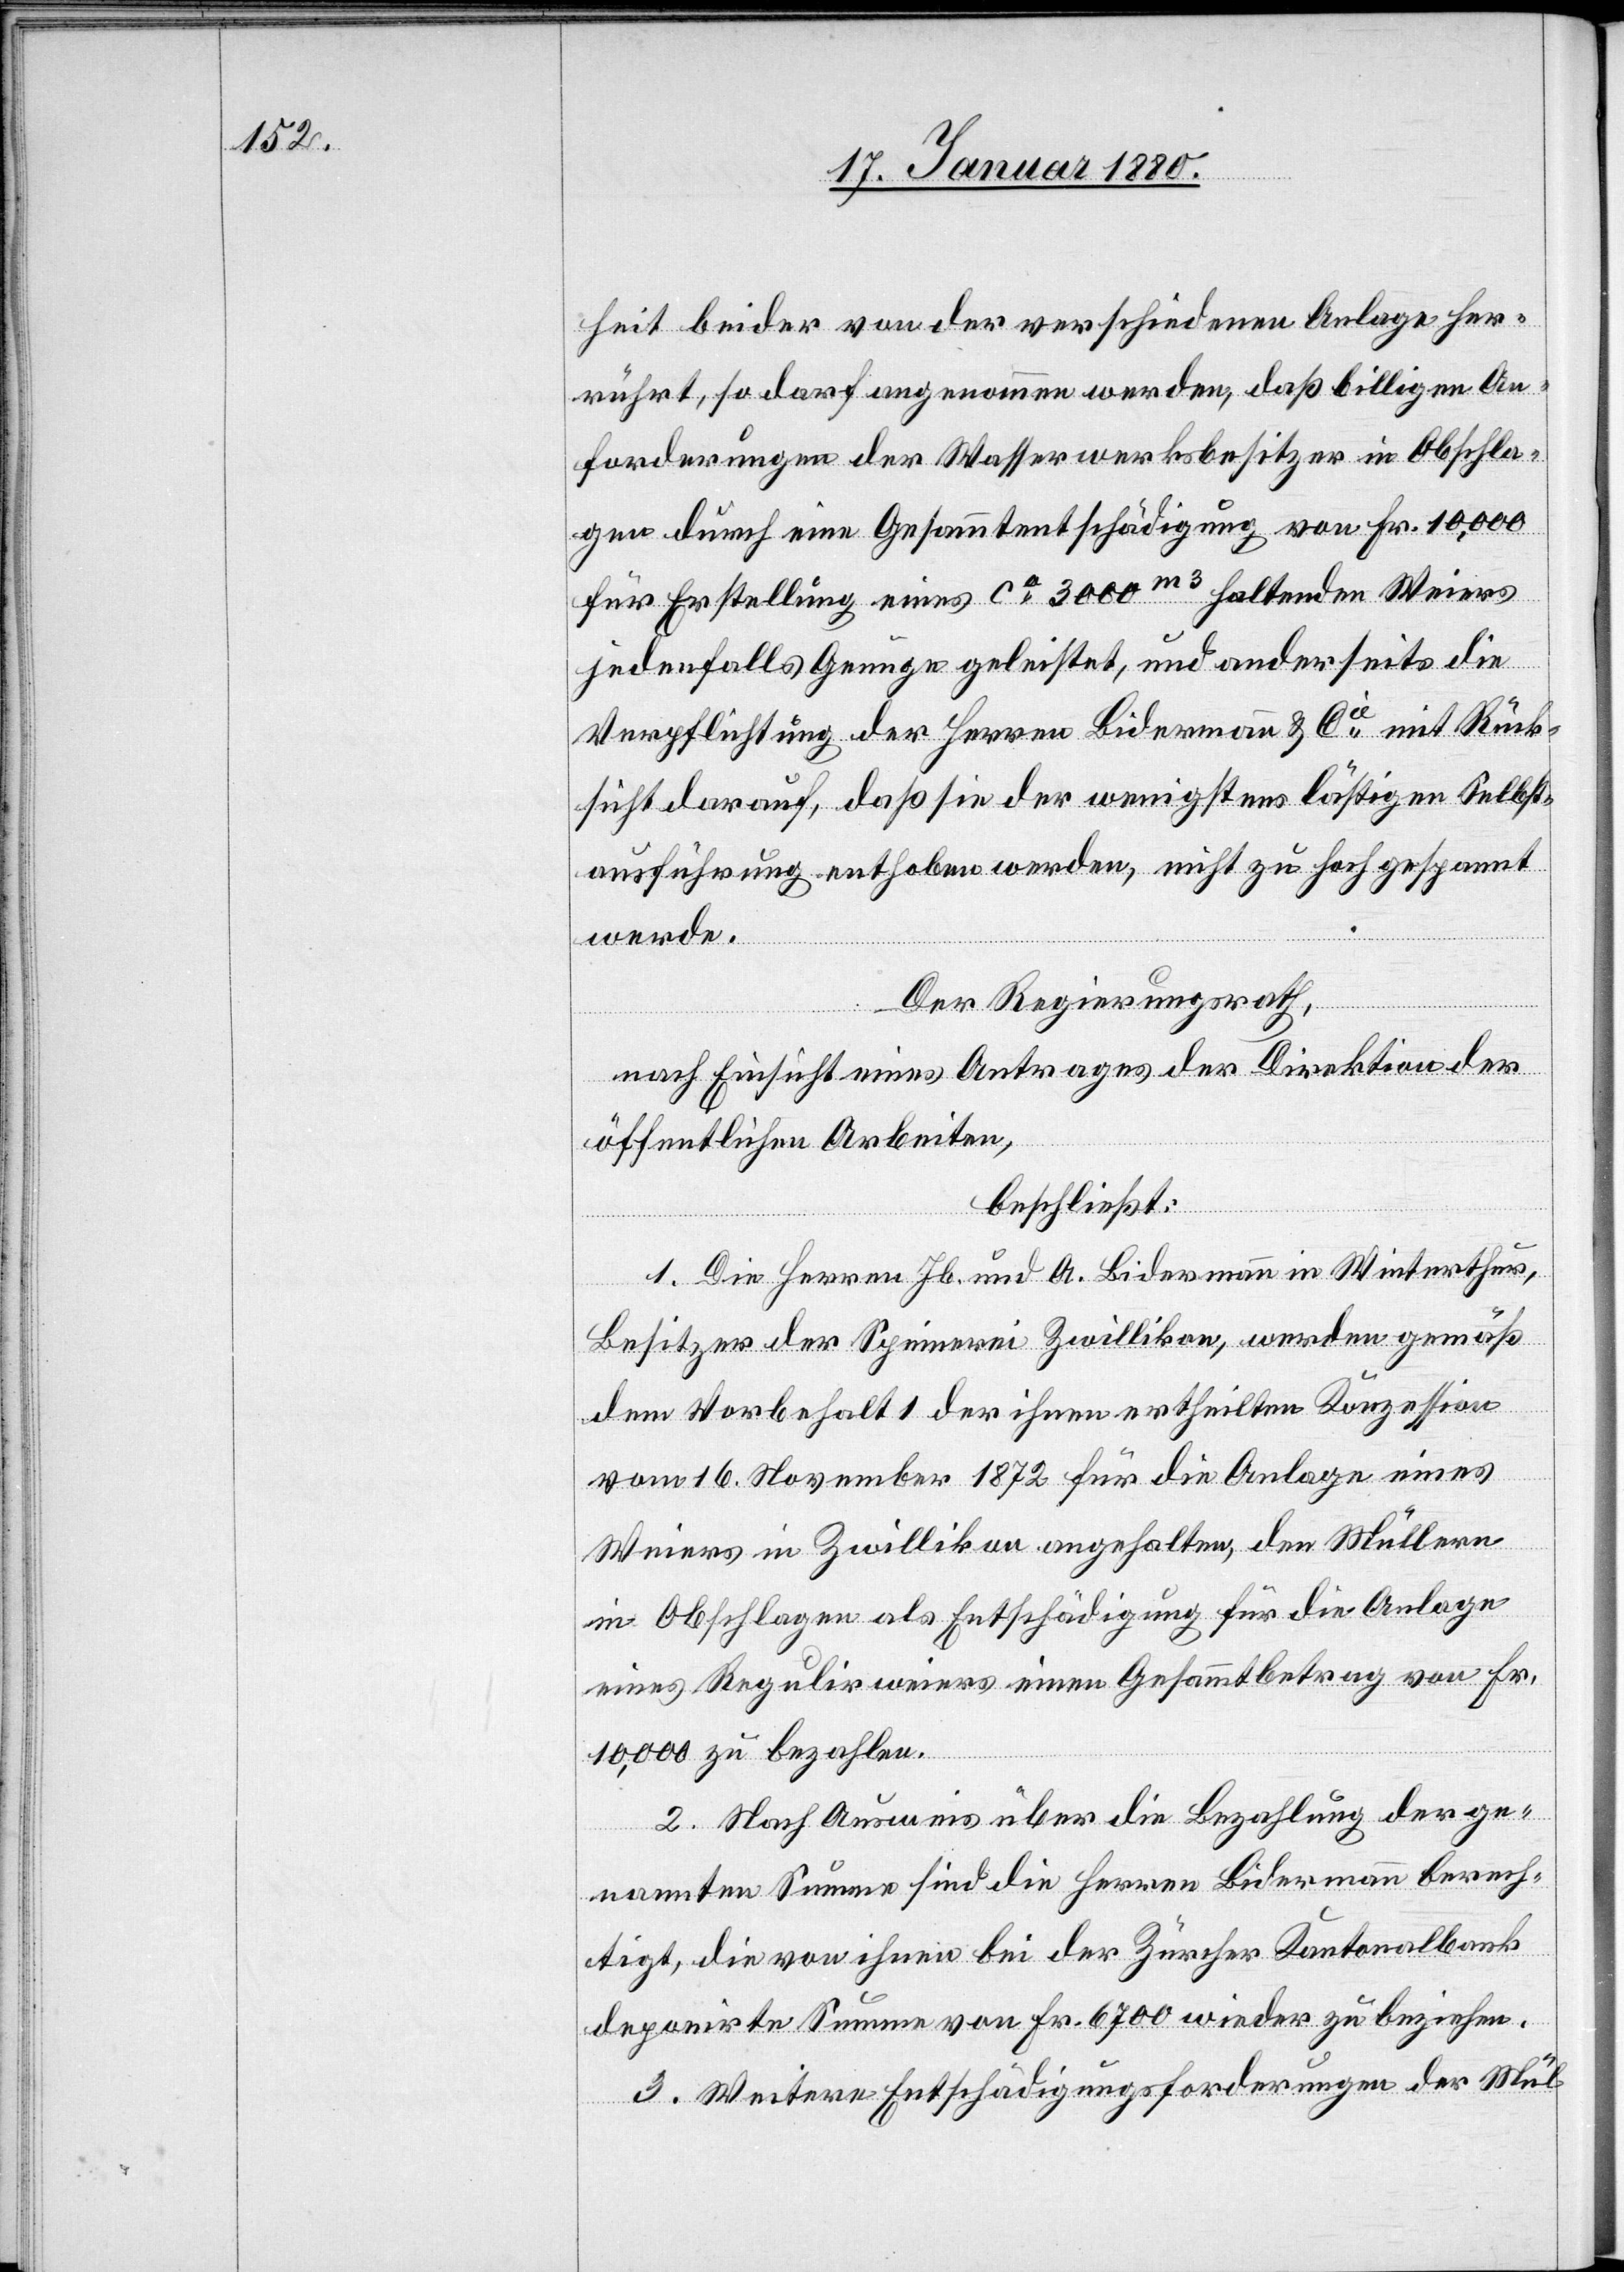
heit beider von der verschiedenen Anlage her¬
rührt, so darf angenommen werden, daß billigen An¬
forderungen der Wasserwerksbesitzer in Obschla¬
gen durch eine Gesammtentschädigung von Fr. 10, 000
für Erstellung eines ca 3000m3 haltenden Weiers
jedenfalls Genüge geleistet, und anderseits die
Verpflichtung der Herren Bidermann & Cie mit Rück¬
sicht darauf, daß sie der wenigstens lästigen Selbst¬
ausführung enthoben werden, nicht zu hoch gespannt
werde.
Der Regierungsrath,
nach Einsicht eines Antrages der Direktion der
öffentlichen Arbeiten,
beschließt:
1. Die Herren Jb. und A. Bidermann in Winterthur,
Besitzer der Spinnerei Zwillikon, werden gemäß
dem Vorbehalt 1 der ihnen ertheilten Konzession
vom 16. November 1872 für die Anlage eines
Weiers in Zwillikon angehalten, den Müllern
in Obschlagen als Entschädigung für die Anlage
eines Regulirweiers einen Gesammtbetrag von Fr.
10, 000 zu bezahlen.
2. Nach Ausweise über die Bezahlung der ge¬
nannten Summen sind die Herren Bidermann berech¬
tigt, die von ihnen bei der Zürcher Kantonalbank
deponirte Summe von Fr. 6700 wieder zu beziehen.
3. Weitere Entschädigungsforderungen der Mül-